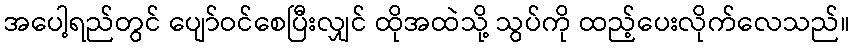
အပေါ့ရည်တွင် ပျော်ဝင်စေပြီးလျှင် ထိုအထဲသို့ သွပ်ကို ထည့်ပေးလိုက်လေသည်။